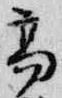
高